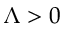
\Lambda > 0